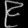
Digit: ၉